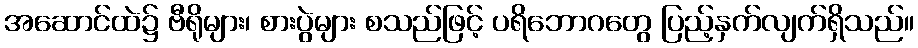
အဆောင်ထဲ၌ ဗီရိုများ၊ စားပွဲများ စသည်ဖြင့် ပရိဘောဂတွေ ပြည့်နှက်လျက်ရှိသည်။